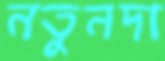
নতুনদা